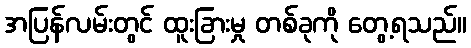
အပြန်လမ်းတွင် ထူးခြားမှု တစ်ခုကို တွေ့ရသည်။